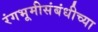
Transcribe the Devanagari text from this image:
रंगभूमीसंबंधीच्या